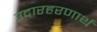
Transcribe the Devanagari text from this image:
उदारहरणार्थ